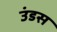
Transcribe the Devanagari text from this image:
उंडस